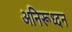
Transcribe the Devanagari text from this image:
अनिरूध्दन